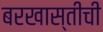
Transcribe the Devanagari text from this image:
बरखास्तीची